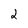
Character: 2